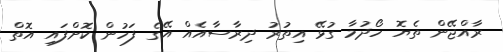
ރާއްޖޭން ތެޔޮ ހޯދުމާ ގުޅޭ އިތުރު ދިރާސާއެއް އޭގެ ފަހުން ކޮށްފައި އޮތް